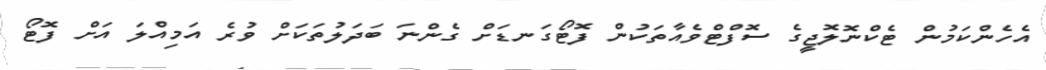
އެހެންކަމުން ޓެކްނޮލޮޖީގެ ސޮފްޓްވެއާތަކުން ފޮޓޯގަނޑަށް ގެންނަ ބަދަލުތަކަށް ވުރެ އަމިއްލަ އަށް ފޮޓޯ